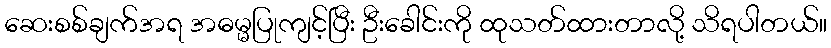
ဆေးစစ်ချက်အရ အဓမ္မပြုကျင့်ပြီး ဦးခေါင်းကို ထုသတ်ထားတာလို့ သိရပါတယ်။